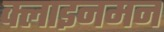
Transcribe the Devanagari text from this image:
क्लाइनमन